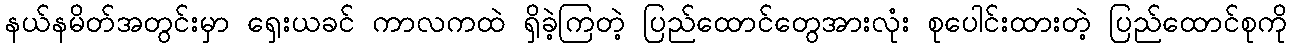
နယ်နမိတ်အတွင်းမှာ ရှေးယခင် ကာလကထဲ ရှိခဲ့ကြတဲ့ ပြည်ထောင်တွေအားလုံး စုပေါင်းထားတဲ့ ပြည်ထောင်စုကို